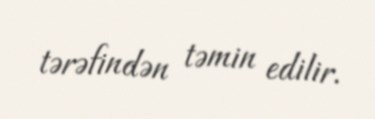
tərəfindən təmin edilir.